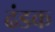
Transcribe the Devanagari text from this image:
ढंडक